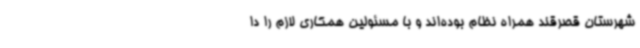
شهرستان قصرقند همراه نظام بوده‌اند و با مسئولین همکاری لازم را دا